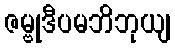
ဇမ္ဗုဒီပမဘိဘုယျ